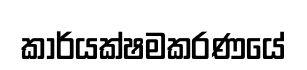
කාර්යක්ෂමකරණයේ